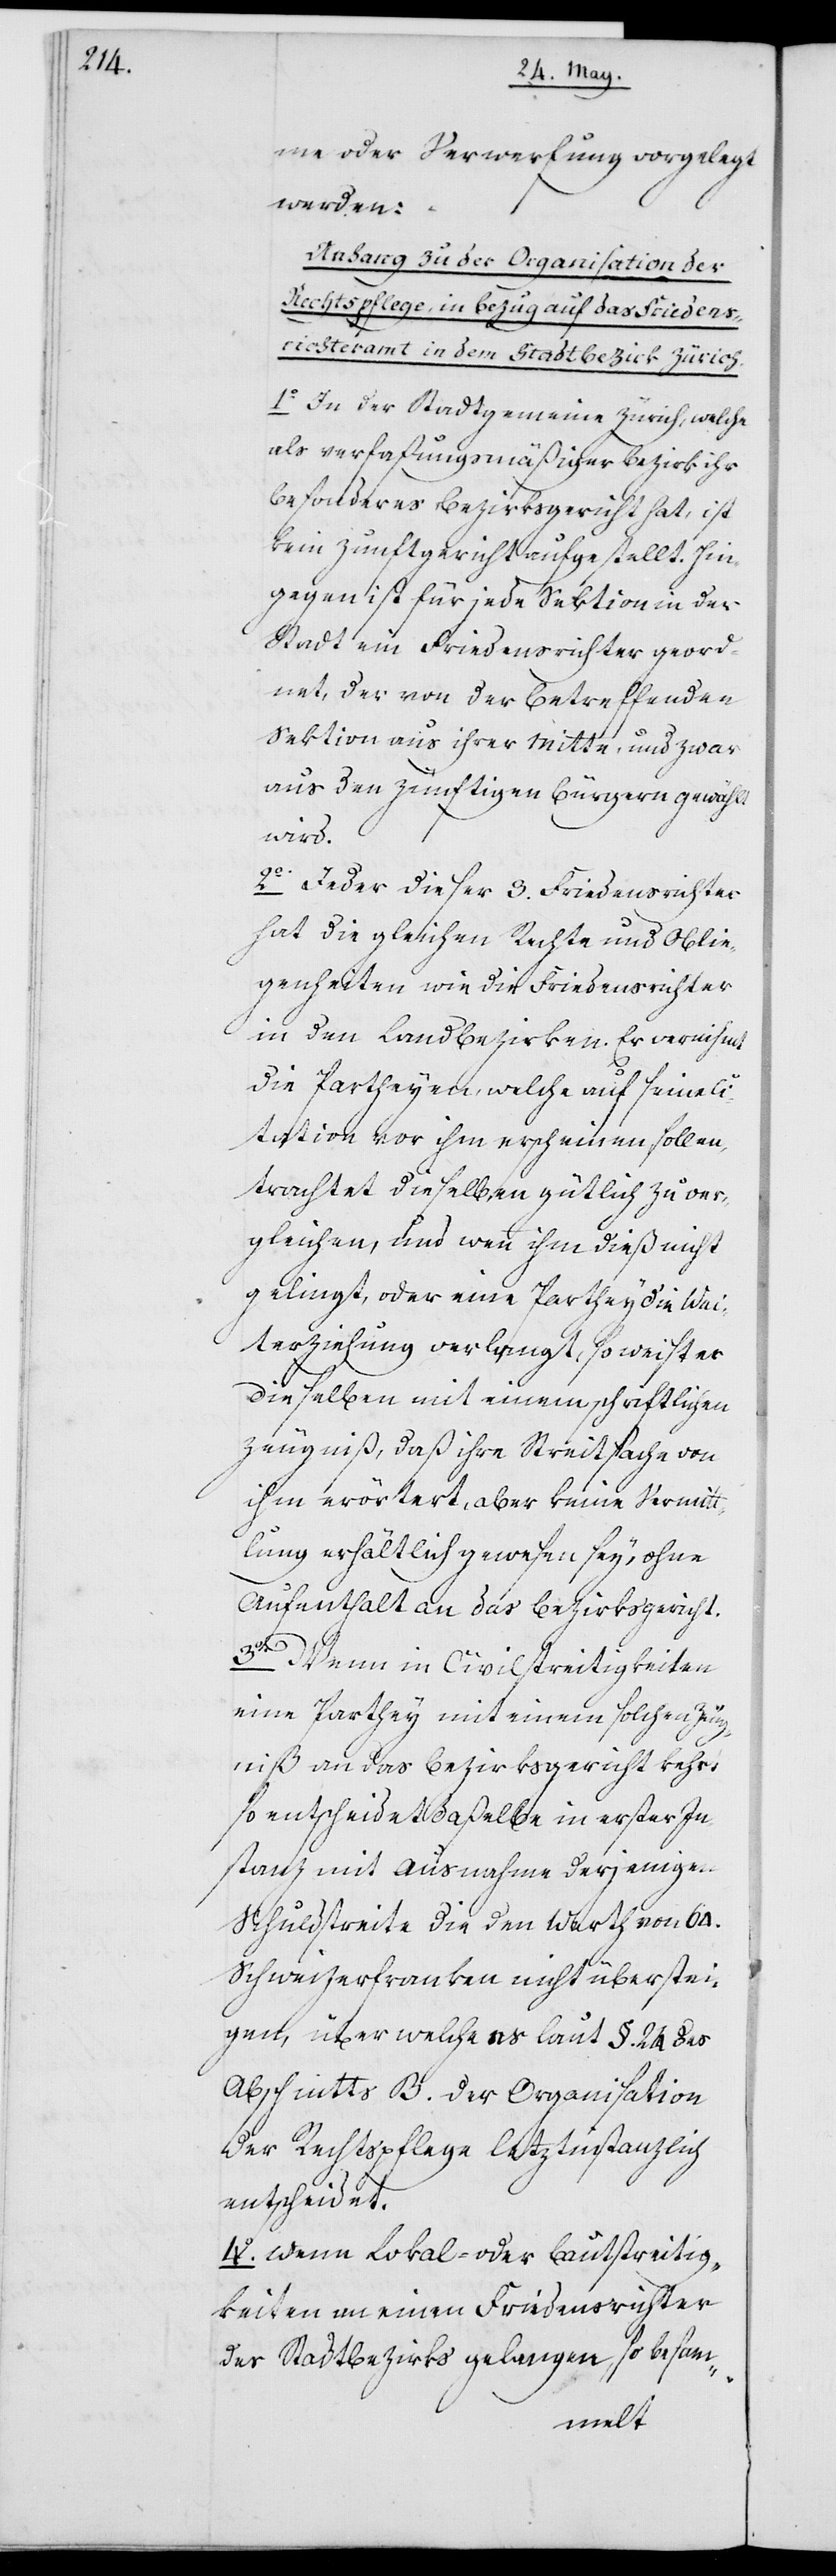
me oder Verwerfung vorgelegt
werden:
Anhang zu der Organisation der
Rechtspflege in Bezug auf das Friedens¬
richteramt in dem Stadtbezirk Zürich.
1o In der Stadtgemeine Zürich, welche
als verfaßungsmäßiger Bezirk ihr
besonderes Bezirksgericht hat, ist
kein Zunftgericht aufgestellt. Hin¬
gegen ist für jede Sektion in der
Stadt ein Friedensrichter geord¬
net, der von der betreffenden
Sektion aus ihrer Mitte, und zwar
aus den Zünftigen Bürgern gewählt
wird.
2o Jeder dieser 3. Friedensrichter
hat die gleichen Rechte und Oblie¬
genheiten wie die Friedensrichter
in den Landbezirken. Er vernihmt
die Partheyen, welche auf seine
Citation vor ihm erscheinen sollen,
trachtet dieselben gütlich zu ver¬
gleichen, und wenn ihm dieß nicht
gelingt, oder eine Parthey die Wei¬
terziehung verlangt, so weist er
dieselben mit einem schriftlichen
Zeugniß, daß ihre Streitsache von
ihm erörtert, aber keine Vermitt¬
lung erhältlich gewesen sey, ohne
Aufenthalt an das Bezirksgericht.
3o Wenn in Civilstreitigkleiten
eine Parthey mit einem solchen Zeug¬
niß an das Bezirksgericht kehrt
so entscheidet daßelbe in erster In¬
stanz mit Ausnahme derjenigen
Schuldstreite, die den Wert von 64.
Schweizerfranken nicht überstei¬
gen, über welche es laut §. 24 des
Abschnitts B. der Organisation
der Rechtspflege letztinstanzlich
entscheidet.
4o Wenn Lokal- und Bautstreitig¬
keiten [sic!] an einen Friedensrichter
des Stadtbezirks gelangen, so besam-